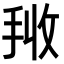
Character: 𭠰